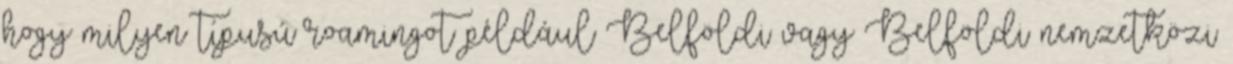
hogy milyen típusú roamingot például Belföldi vagy Belföldi nemzetközi